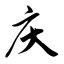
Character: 庆